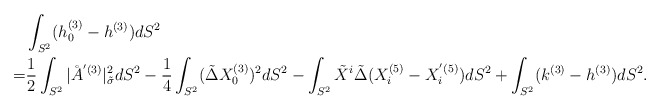
\begin{align*} &\int_{S^2} (h_0^{(3)} - h^{(3)}) dS^2 \\= & \frac{1}{2}\int_{S^2} |\AA^{'(3)}|^2_{\tilde{\sigma}} dS^2-\frac{1}{4}\int_{S^2} (\tilde{\Delta}X_0^{(3)})^2 dS^2-\int_{S^2} \tilde X^i \tilde{\Delta}(X_i^{(5)}-X_i^{'(5)}) dS^2+\int_{S^2} (k^{(3)} - h^{(3)}) dS^2.\end{align*}